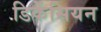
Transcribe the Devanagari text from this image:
डिकेंसियन